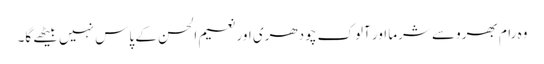
وہ رام بھروسے شرما اور آلوک چودھری اور نعیم الحسن کے پاس نہیں بیٹھے گا۔